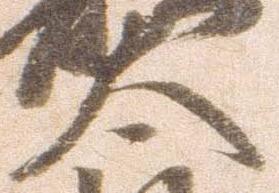
太